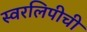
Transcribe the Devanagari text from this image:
स्वरलिपीची